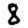
Digit: 8